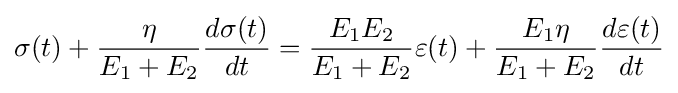
\sigma (t)+{\frac {\eta }{E_{1}+E_{2}}}{\frac {d\sigma (t)}{dt}}={\frac {E_{1}E_{2}}{E_{1}+E_{2}}}\varepsilon (t)+{\frac {E_{1}\eta }{E_{1}+E_{2}}}{\frac {d\varepsilon (t)}{dt}}